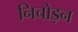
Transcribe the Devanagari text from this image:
निचोड़न